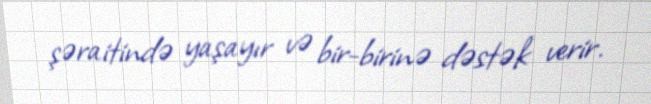
şəraitində yaşayır və bir-birinə dəstək verir.